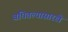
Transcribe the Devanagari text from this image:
बघितल्यासारखे